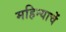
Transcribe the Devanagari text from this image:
महिन्याचें